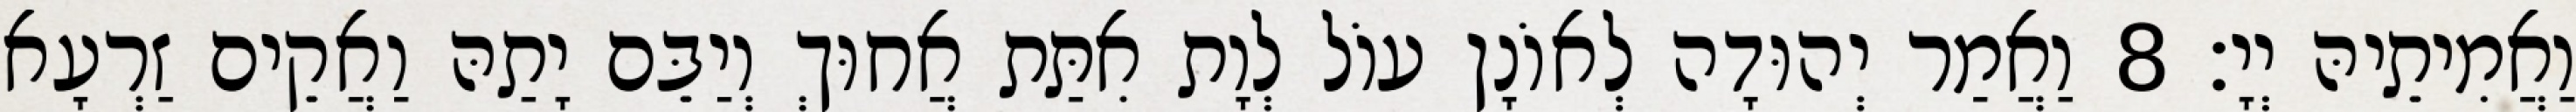
וַאֲמִיתֵיהּ יְיָ׃ 8 וַאֲמַר יְהוּדָה לְאוֹנָן עוֹל לְוָת אִתַּת אֲחוּךְ וְיַבֵּם יָתַהּ וַאֲקֵים זַרְעָא